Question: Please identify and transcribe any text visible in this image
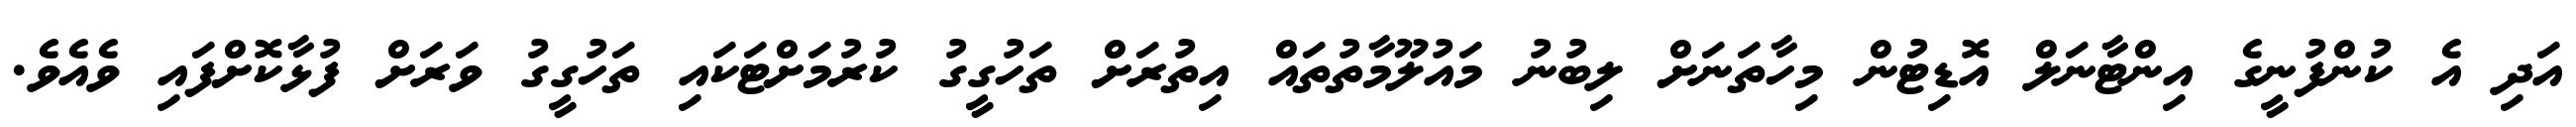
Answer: އަދި އެ ކުންފުނީގެ އިންޓާނަލް އޮޑިޓުން މިހާތަނަށް ލިބުނު މައުލޫމާތުތައް އިތުރަށް ތަހުގީގު ކުރުމަށްޓަކައި ތަހުގީގު ވަރަށް ފުޅާކޮށްފައި ވެއެވެ.